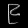
Digit: ၉